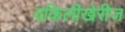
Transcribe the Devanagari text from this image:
वकिलीखेरीज